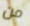
من